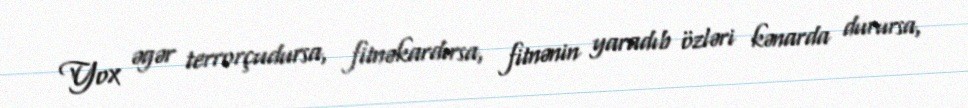
Yox əgər terrorçudursa, fitnəkardırsa, fitnənin yaradıb özləri kənarda durursa,